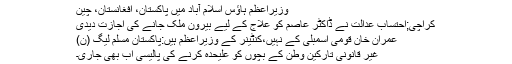
وزیراعظم ہاؤس اسلام آباد میں پاکستان، افغانستان، چین
کراچی;احتساب عدالت نے ڈاکٹر عاصم کو علاج کے لیے بیرون ملک جانے کی اجازت دیدی
عمران خان قومی اسمبلی کے نہیں،کنٹینر کے وزیراعظم ہیں:پاکستان مسلم لیگ (ن)
غیر قانونی تارکین وطن کے بچوں کو علیحدہ کرنے کی پالیسی اب بھی جاری۔